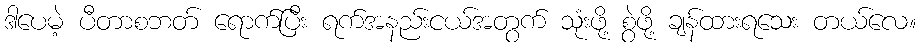
ဒါပေမဲ့ ပီတာစဘတ် ရောက်ပြီး ရက်အနည်းငယ်အတွက် သုံးဖို့ စွဲဖို့ ချန်ထားရသေး တယ်လေ။